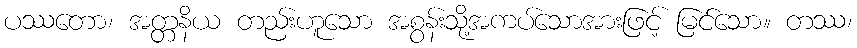
ပဿတော၊ အတ္တနိယ တည်းဟူသော အစွန်းသို့အကပ်သောအားဖြင့် မြင်သော။ တဿ၊